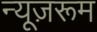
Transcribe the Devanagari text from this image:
न्यूज़रूम